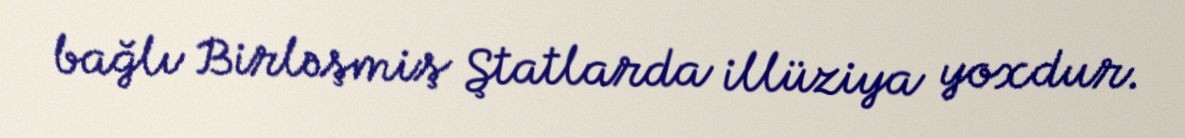
bağlı Birləşmiş Ştatlarda illüziya yoxdur.